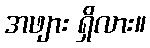
အဖျား ရှိလား။